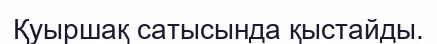
Қуыршақ сатысында қыстайды.